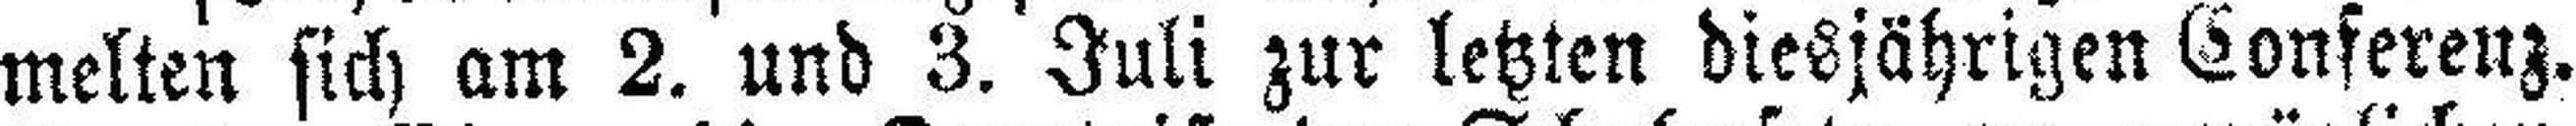
melten sich am 2. und 3. Juli zur letzten diesjährigen Conferenz.